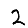
Digit: 2